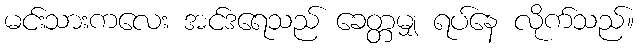
မင်းသားကလေး အင်ဒရေသည် ခေတ္တမျှ ရပ်နေ လိုက်သည်။